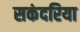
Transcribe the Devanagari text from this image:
सकंदरिया